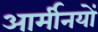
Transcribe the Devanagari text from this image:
आर्मीनयों